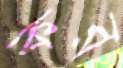
কর